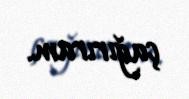
çağırıram.